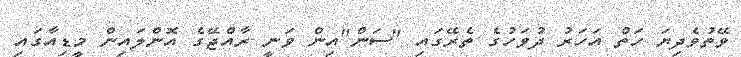
ވޭތުވެދިޔަ ހަތް އަހަރު ދުވަހުގެ ތެރޭގައި "ސަން"އިން ވަނީ ރާއްޖޭގެ އޮންލައިން މީޑިއާގައި